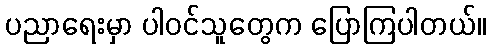
ပညာရေးမှာ ပါဝင်သူတွေက ပြောကြပါတယ်။